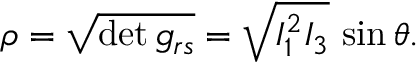
\rho = \sqrt { \operatorname * { d e t } g _ { r s } } = \sqrt { I _ { 1 } ^ { 2 } I _ { 3 } } \, \sin \theta .